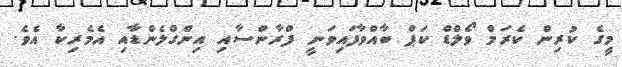
މީގެ ކުރިން ކެރަމް ވޯލްޑް ކަޕް ބާއްވާފައިވަނީ ފްރާންސާއި އިންގްލެންޑާއި އެމެރިކާ އެވެ.